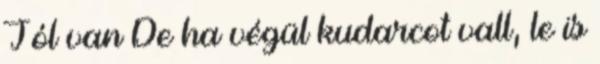
Jól van De ha végül kudarcot vall, le is